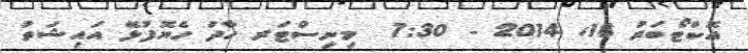
އޮކްޓޯބަރު 18